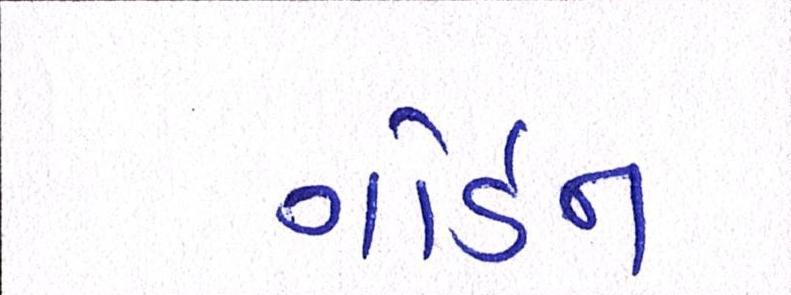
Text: ગોર્ડન